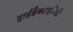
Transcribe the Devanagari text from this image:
ट्राईडैक्टाइलिडी